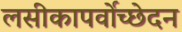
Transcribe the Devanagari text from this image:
लसीकापर्वोच्छेदन